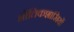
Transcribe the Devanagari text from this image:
भौतिकशास्रियों